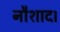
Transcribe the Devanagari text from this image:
नौशाद।